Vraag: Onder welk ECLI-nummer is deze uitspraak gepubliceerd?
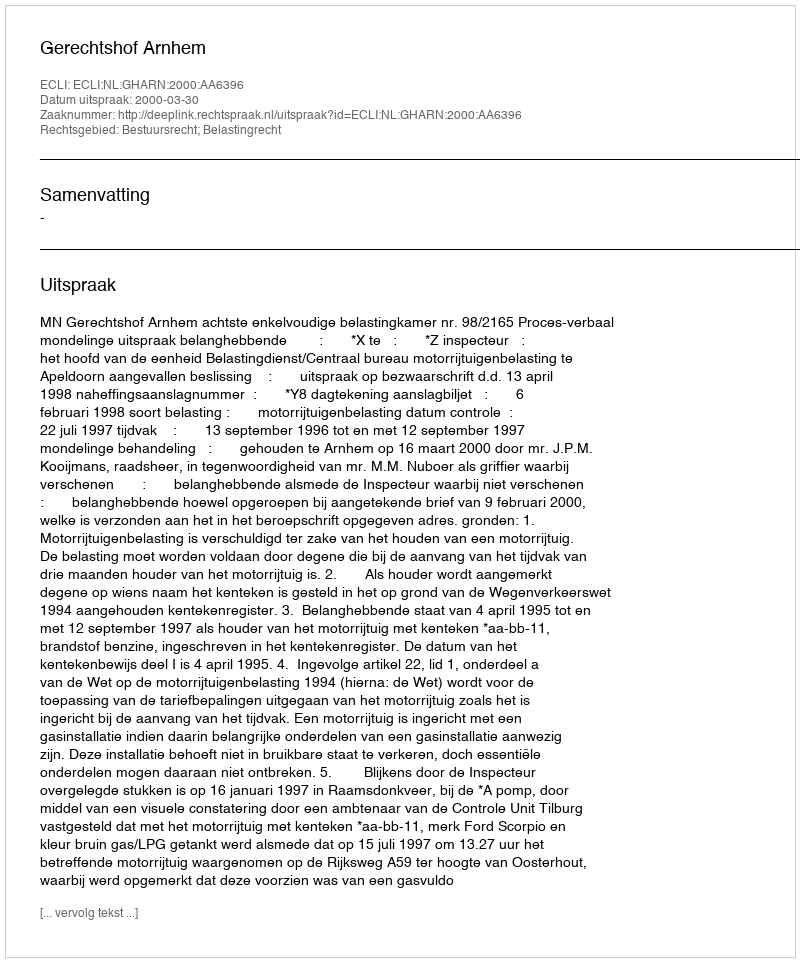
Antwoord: ECLI:NL:GHARN:2000:AA6396